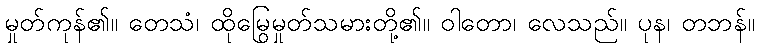
မှုတ်ကုန်၏။ တေသံ၊ ထိုမြွေမှုတ်သမားတို့၏။ ဝါတော၊ လေသည်။ ပုန၊ တဘန်။